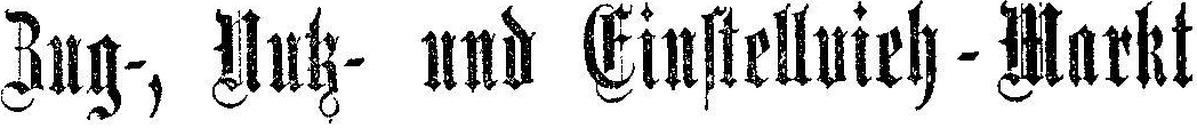
Zug-, Nutz- und Einstellvieh-Markt